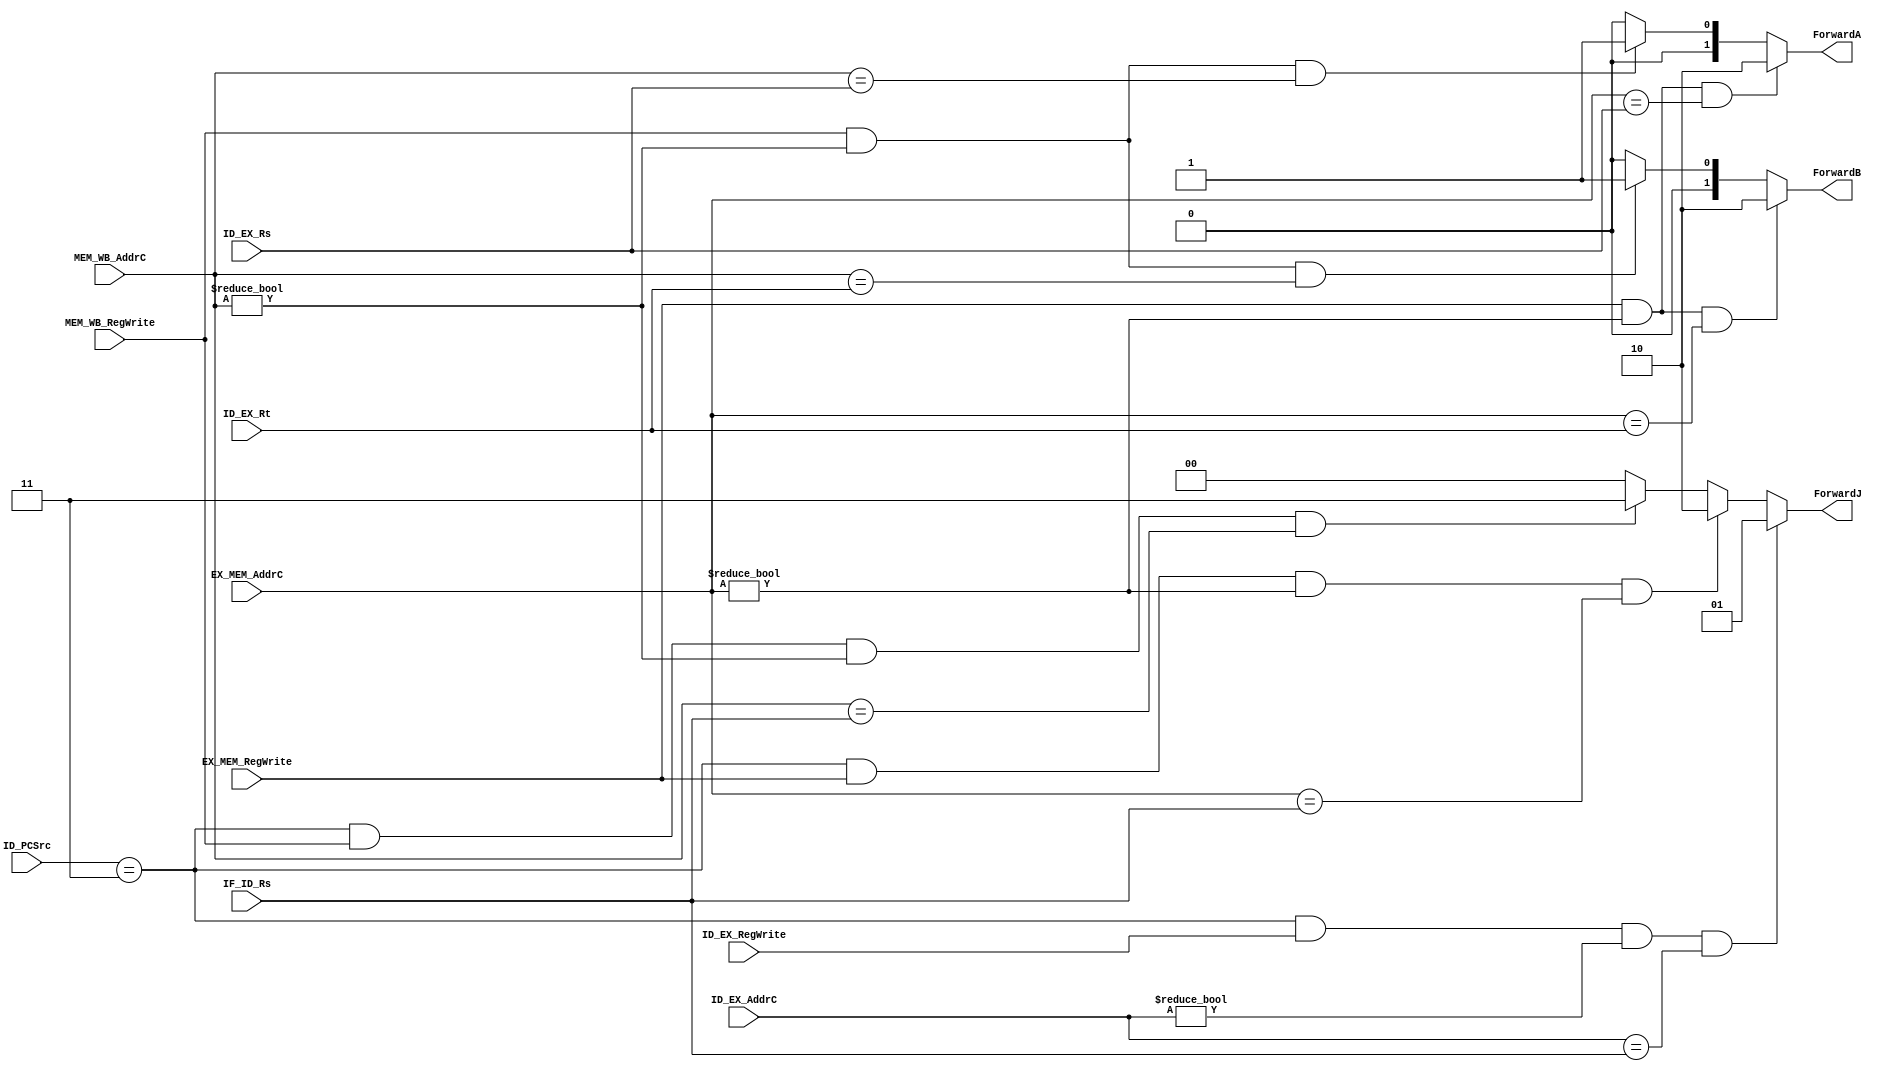
module Forward_Unit(IF_ID_Rs, ID_EX_Rs, ID_EX_Rt, ID_PCSrc, ID_EX_RegWrite, ID_EX_AddrC, EX_MEM_RegWrite, EX_MEM_AddrC,
	MEM_WB_RegWrite, MEM_WB_AddrC, ForwardA, ForwardB, ForwardJ);
	
input [4:0] IF_ID_Rs;
input [4:0] ID_EX_Rs;
input [4:0] ID_EX_Rt;
input [2:0] ID_PCSrc;
input ID_EX_RegWrite;
input [4:0] ID_EX_AddrC;
input EX_MEM_RegWrite;
input [4:0] EX_MEM_AddrC;
input MEM_WB_RegWrite;
input [4:0] MEM_WB_AddrC;

output reg [1:0] ForwardA;
output reg [1:0] ForwardB;
output reg [1:0] ForwardJ;

always @(*) begin
	// Strategy here same as the textbook
	if(EX_MEM_RegWrite && EX_MEM_AddrC != 5'h00
		&& EX_MEM_AddrC == ID_EX_Rs) begin
		ForwardA = 2'b10;
	end
	else if(MEM_WB_RegWrite && MEM_WB_AddrC != 5'h00
		&& MEM_WB_AddrC == ID_EX_Rs) begin
		ForwardA = 2'b01;
	end
	else 
		ForwardA = 2'b00;
	
	// Only replace Rt with Rs for ForwardA
	if(EX_MEM_RegWrite && EX_MEM_AddrC != 5'h00
		&& EX_MEM_AddrC == ID_EX_Rt) begin
		ForwardB = 2'b10;
	end
	else if(MEM_WB_RegWrite && MEM_WB_AddrC != 5'h00
		&& MEM_WB_AddrC == ID_EX_Rt) begin
		ForwardB = 2'b01;
	end
	else 
		ForwardB = 2'b00;
		
	// Forward strategy for JR
	if(ID_PCSrc == 3'b011 && ID_EX_RegWrite && ID_EX_AddrC != 5'h00
		&& ID_EX_AddrC == IF_ID_Rs) begin
		ForwardJ = 2'b01;
	end
	else if(ID_PCSrc == 3'b011 && EX_MEM_RegWrite && EX_MEM_AddrC != 5'h00
		&& EX_MEM_AddrC == IF_ID_Rs) begin
		ForwardJ = 2'b10;
	end
	else if(ID_PCSrc == 3'b011 && MEM_WB_RegWrite && MEM_WB_AddrC != 5'h00
		&& MEM_WB_AddrC == IF_ID_Rs) begin
		ForwardJ = 2'b11;
	end
	else
		ForwardJ = 2'b00;
		
end

endmodule